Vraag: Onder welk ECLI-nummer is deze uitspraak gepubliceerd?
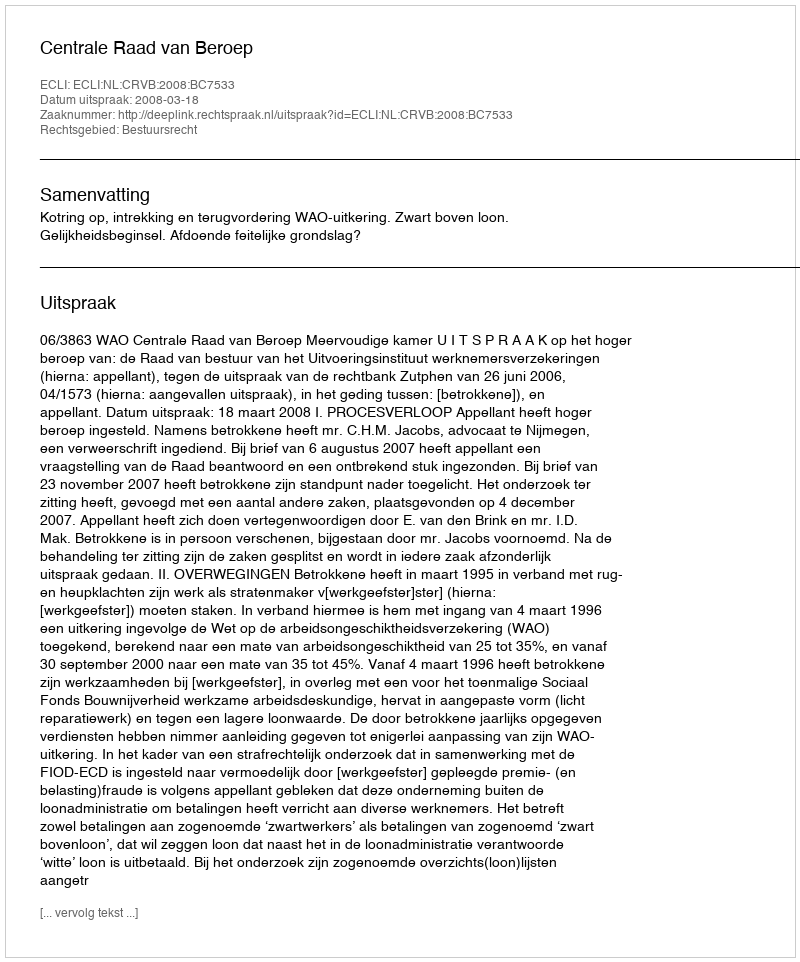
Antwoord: ECLI:NL:CRVB:2008:BC7533